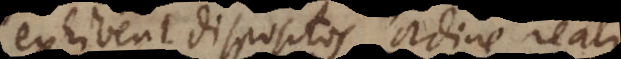
ent dispositos ordine reali,